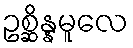
ဥစ္ဆိန္နမူလေ